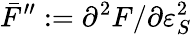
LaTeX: \bar{F}^{\prime\prime}:=\partial^{2}F/\partial\varepsilon_{S}^{2}